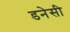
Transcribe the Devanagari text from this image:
डनेसी